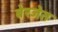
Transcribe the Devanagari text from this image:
बेरजेत